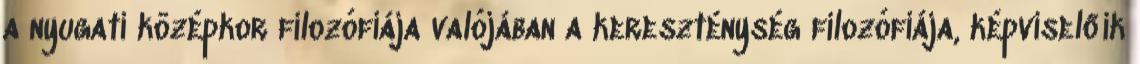
a nyugati középkor filozófiája valójában a kereszténység filozófiája, képviselőik